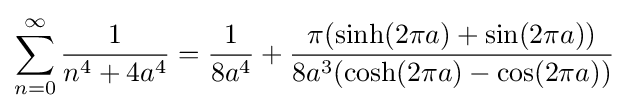
\displaystyle \sum _{n=0}^{\infty }{\frac {1}{n^{4}+4a^{4}}}={\dfrac {1}{8a^{4}}}+{\dfrac {\pi (\sinh(2\pi a)+\sin(2\pi a))}{8a^{3}(\cosh(2\pi a)-\cos(2\pi a))}}